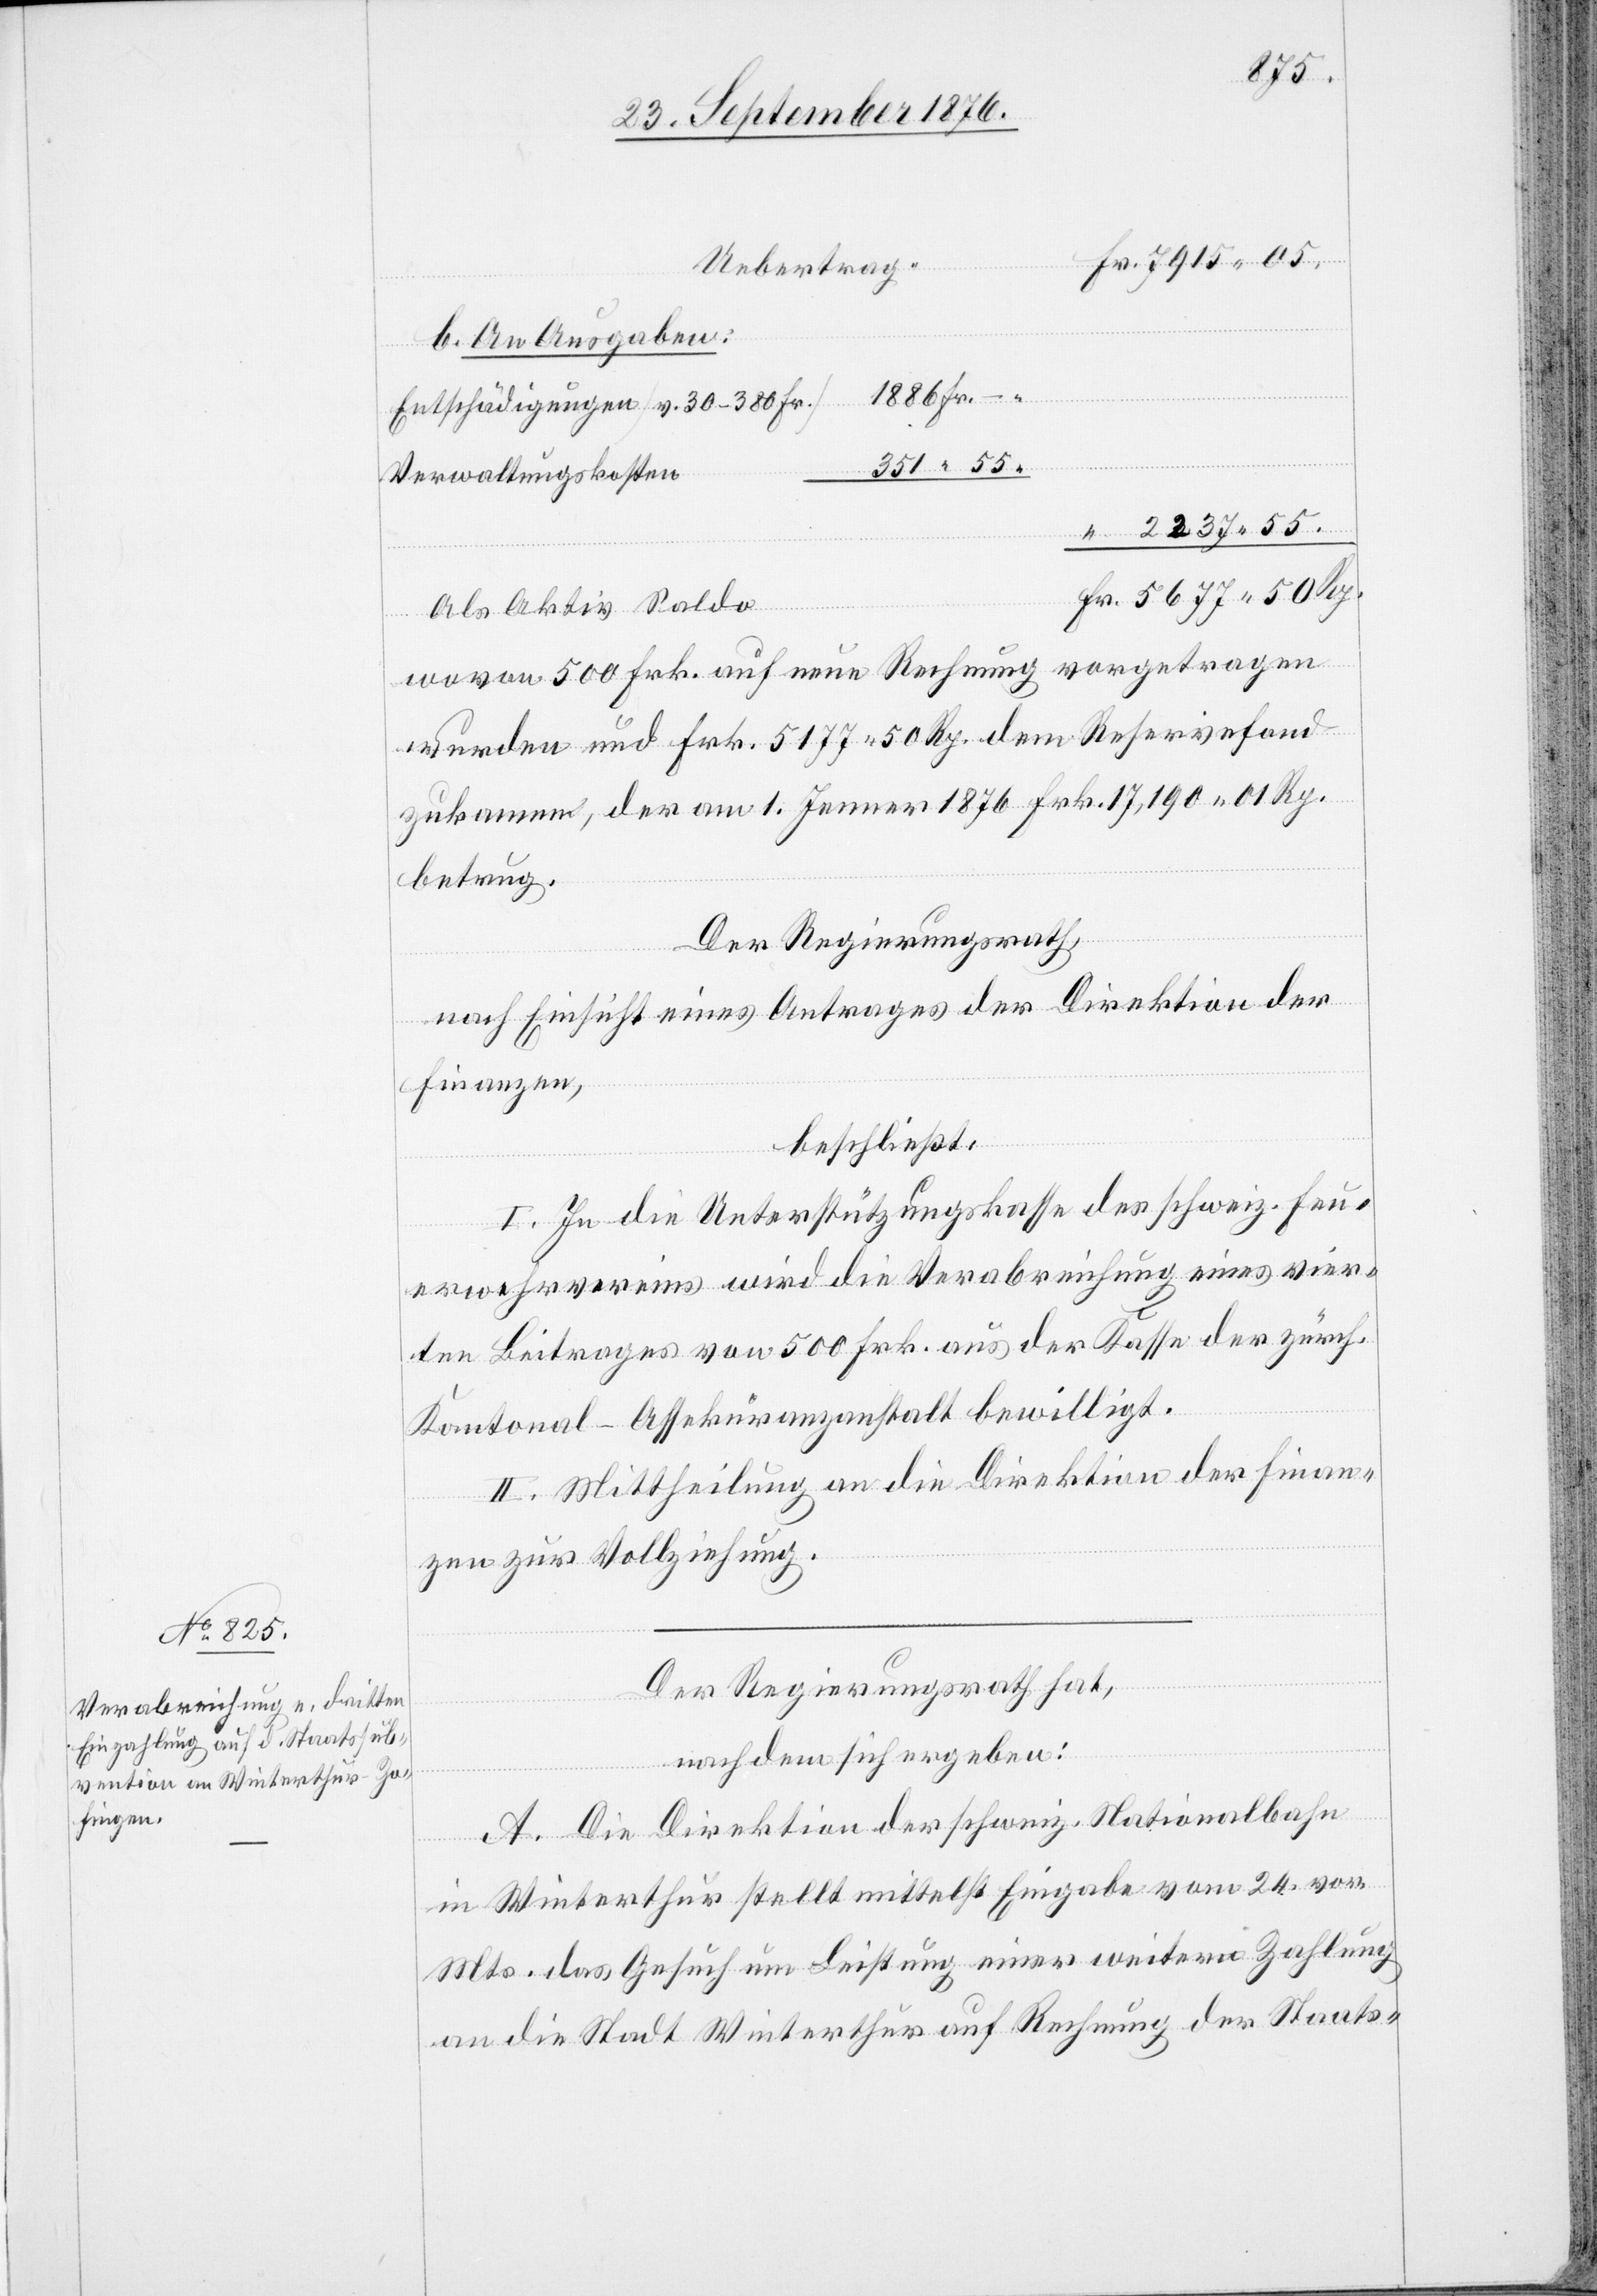
55.
b. An Ausgaben:
1886 Fr. –.
Entschädigungen [v. 30–380 Fr.]
351 55.
Verwaltungskosten
Als Aktiv Saldo
wovon 500 Frk. auf neue Rechnung vorgetragen
wurden und Frk. 5177 50 Rp. dem Reservefond
zukomme, der am 1. Jenner 1876 Frk. 17,190 01 Rp.
betrug.
Der Regierungsrath,
nach Einsicht eines Antrages der Direktion der
Finanzen,
beschließt:
I. In die Unterstützungskasse des schweiz. Feu¬
erwehrvereins wird die Verabreichung eines vier¬
ten Beitrages von 500 Frk. aus der Kasse der zürch.
Kantonal-Assekuranzanstalt bewilligt.
II. Mittheilung an die Direktion der Finan¬
zen zur Vollziehung.
Der Regierungsrath hat,
nach dem sich ergeben:
A. Die Direktion der schweiz. Nationalbahn
in Winterthur stellt mittelst Eingabe vom 24. vor.
Mts. das Gesuch um Leistung einer Weitern Zahlung
an die Stadt Winterthur auf Rechnung der Staats-